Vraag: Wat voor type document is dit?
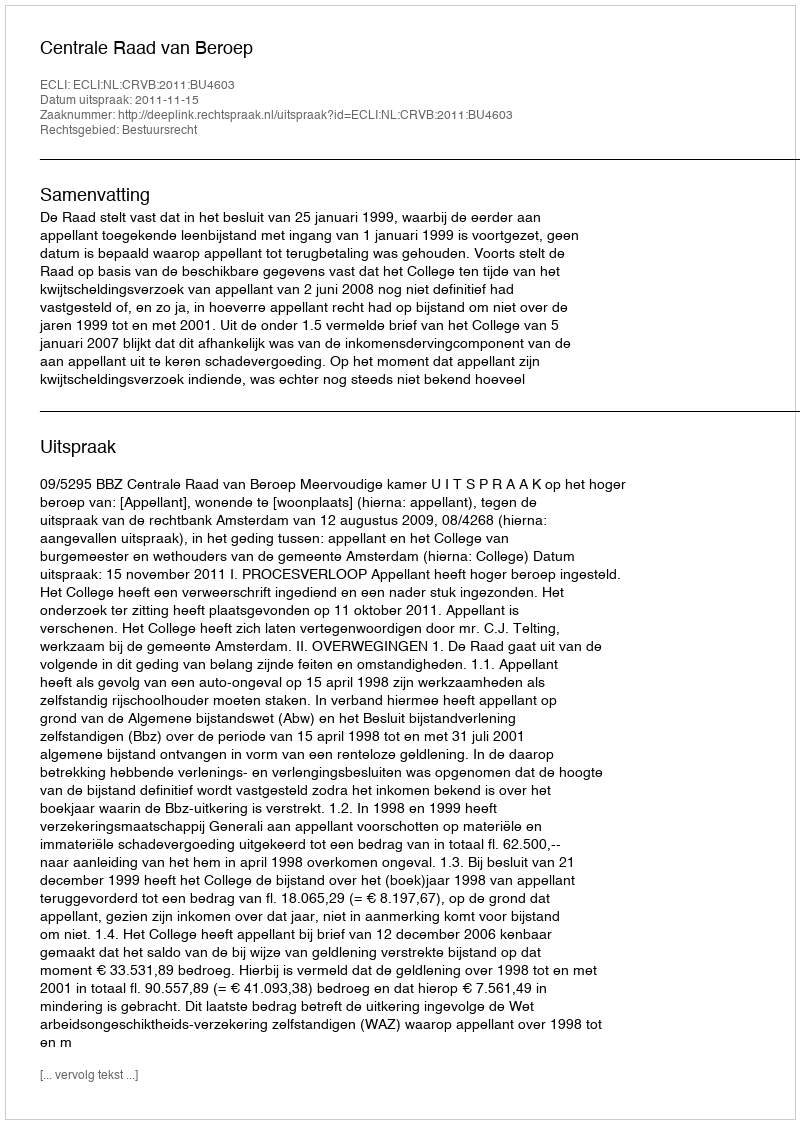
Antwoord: Uitspraak